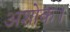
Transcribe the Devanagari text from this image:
अशोक।